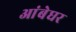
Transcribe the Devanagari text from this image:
आंबेघर